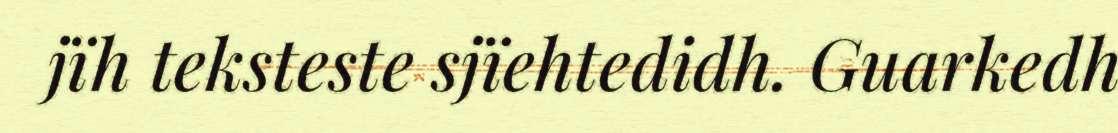
jïh teksteste sjïehtedidh. Guarkedh